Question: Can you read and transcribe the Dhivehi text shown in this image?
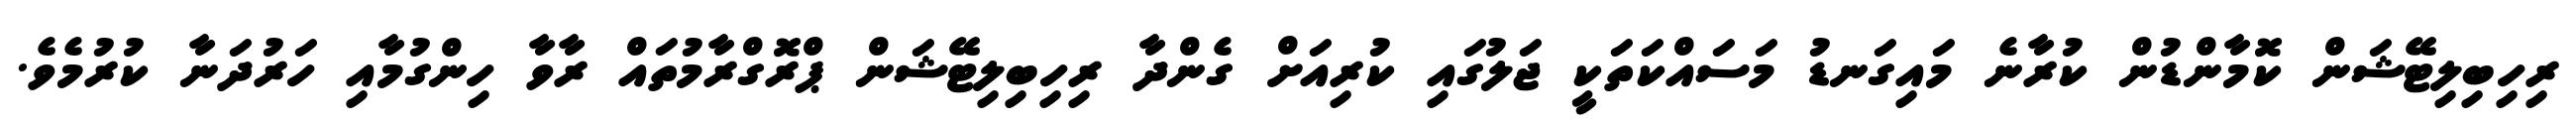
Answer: ރިހިބިލިޓޭޝަން ކޮމާންޑުން ކުރާނެ މައިގަނޑު މަސައްކަތަކީ ޖަލުގައި ކުރިއަށް ގެންދާ ރިހިބިލިޓޭޝަން ޕްރޮގްރާމުތައް ރާވާ ހިންގުމާއި ހަރުދަނާ ކުރުމެވެ.